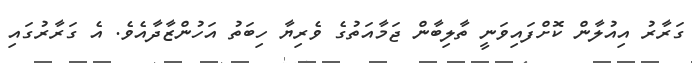
ގަރާރު އިއުލާން ކޮށްފައިވަނީ ތާލިބާން ޖަމާއަތުގެ ވެރިޔާ ހިބަތު އަހުންޒާދާއެވެ. އެ ގަރާރުގައި